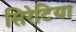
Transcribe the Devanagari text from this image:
सिरेटिया